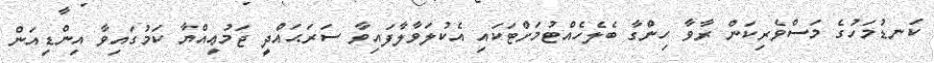
ކަނޑުމަހުގެ މަސްވެރިކަން ރާވާ ހިންގާ ބެލެހެއްޓުމަށްޓަކައި އެކުލަވާލާފައިވާ ސަރަޙައްދީ ޖަމުޢިއްޔާ ކަމުގައިވާ އިންޑިއަން